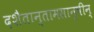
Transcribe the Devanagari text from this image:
दशैतान्तामसानृषीन्